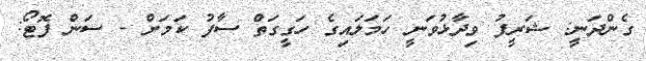
ގެންދަނީ: ޝަރީފު ވިދާޅުވަނީ ހަމަލައިގެ ހަގީގަތް ސާފު ކަމަށް - ސަން ފޮޓޯ: